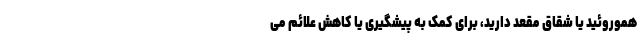
هموروئید یا شقاق مقعد دارید، برای کمک به پیشگیری یا کاهش علائم می